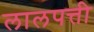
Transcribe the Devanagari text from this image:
लालपत्ती